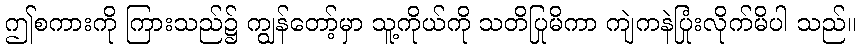
ဤစကားကို ကြားသည်၌ ကျွန်တော့်မှာ သူ့ကိုယ်ကို သတိပြုမိကာ ကျဲကနဲပြုံးလိုက်မိပါ သည်။